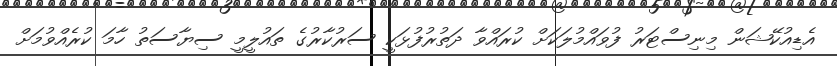
އެޑިއުކޭޝަން މިނިސްޓަރު ފުވައްމުލަކަށް ކުރައްވާ ދަތުރުފުޅަކީ ސަރުކާރުގެ ތައުލީމީ ސިޔާސަތު ހާމަ ކުރެއްވުމަށް